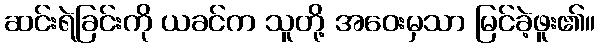
ဆင်းရဲခြင်းကို ယခင်က သူတို့ အဝေးမှသာ မြင်ခဲ့ဖူး၏။